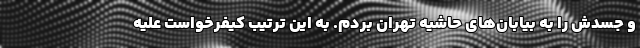
و جسدش را به بیابان‌های حاشیه تهران بردم. به این ترتیب کیفرخواست علیه